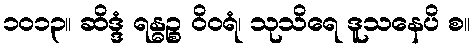
၁၀၁၃။ ဆိဒ္ဒံ ရန္ဓဉ္စ ဝိဝရံ၊ သုသိရေ ဒူသနေပိ စ။